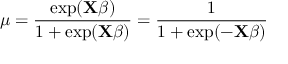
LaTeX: \mu = { \frac { \exp ( \mathbf { X } { \boldsymbol { \beta } } ) } { 1 + \exp ( \mathbf { X } { \boldsymbol { \beta } } ) } } = { \frac { 1 } { 1 + \exp ( - \mathbf { X } { \boldsymbol { \beta } } ) } } \,